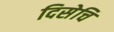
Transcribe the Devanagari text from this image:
दिसेचि